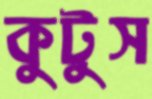
কুটুস